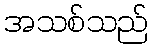
အသစ်သည်